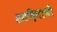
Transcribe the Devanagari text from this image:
श्रमदिनाची